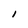
Character: I